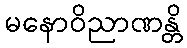
မနောဝိညာဏန္တိ